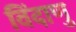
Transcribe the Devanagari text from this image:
विंदाणु